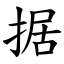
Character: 据